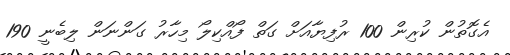
އެގޮތުން ކުރިން 100 ރުފިޔާއަަށް ގަތް ފޯއްކިލޯ މިހާރު ގަންނަން ލިބެނީ 190